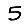
Digit: 5